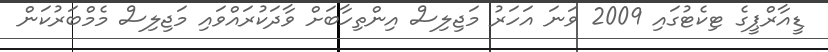
ޑީއާރްޕީގެ ޓިކެޓުގައި 2009 ވަނަ އަހަރު މަޖިލިސް އިންތިހާބަށް ވާދަކުރައްވައި މަޖިލިސް މެމްބަރުކަން